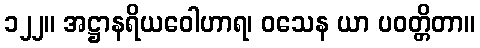
၁၂၂။ အဋ္ဌာနရိယဝေါဟာရ၊ ဝသေန ယာ ပဝတ္တိတာ။